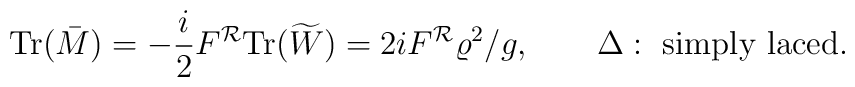
\mbox{Tr}(\bar{M})=-{i\over2}F^{\cal R}\mbox{Tr}(\widetilde{W})=2iF^{\cal R}{\varrho^2}/g,\qquad \Delta:\ \mbox{simply laced}.